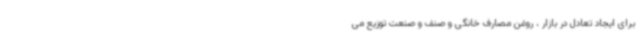
برای ایجاد تعادل در بازار ، روغن مصارف خانگی و صنف و صنعت توزیع می